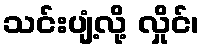
သင်းပျံ့လို့ လှိုင်၊